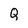
Character: Q